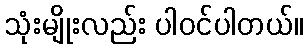
သုံးမျိုးလည်း ပါဝင်ပါတယ်။